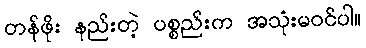
တန်ဖိုး နည်းတဲ့ ပစ္စည်းက အသုံးမဝင်ပါ။